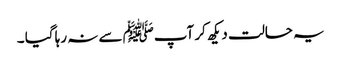
یہ حالت دیکھ کر آپﷺ سے نہ رہا گیا ۔